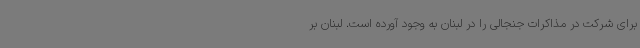
برای شرکت در مذاکرات جنجالی را در لبنان به وجود آورده است. لبنان بر